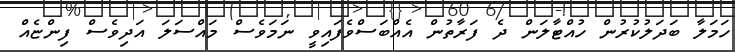
ހަމަލާ ބަދަލުކުރުން ހުއްޓާލަން ދެ ފަރާތުން އެއްބަސްވެފައިވީ ނަމަވެސް މައްސަލަ އަދިވެސް ފިންޏެއް